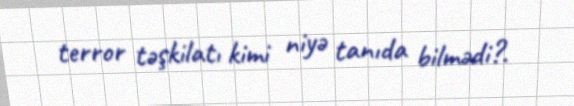
terror təşkilatı kimi niyə tanıda bilmədi?.